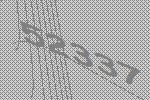
52337